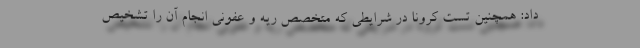
داد: همچنین تست کرونا در شرایطی که متخصص ریه و عفونی انجام آن را تشخیص